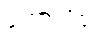
ဟောလိဝုဒ်